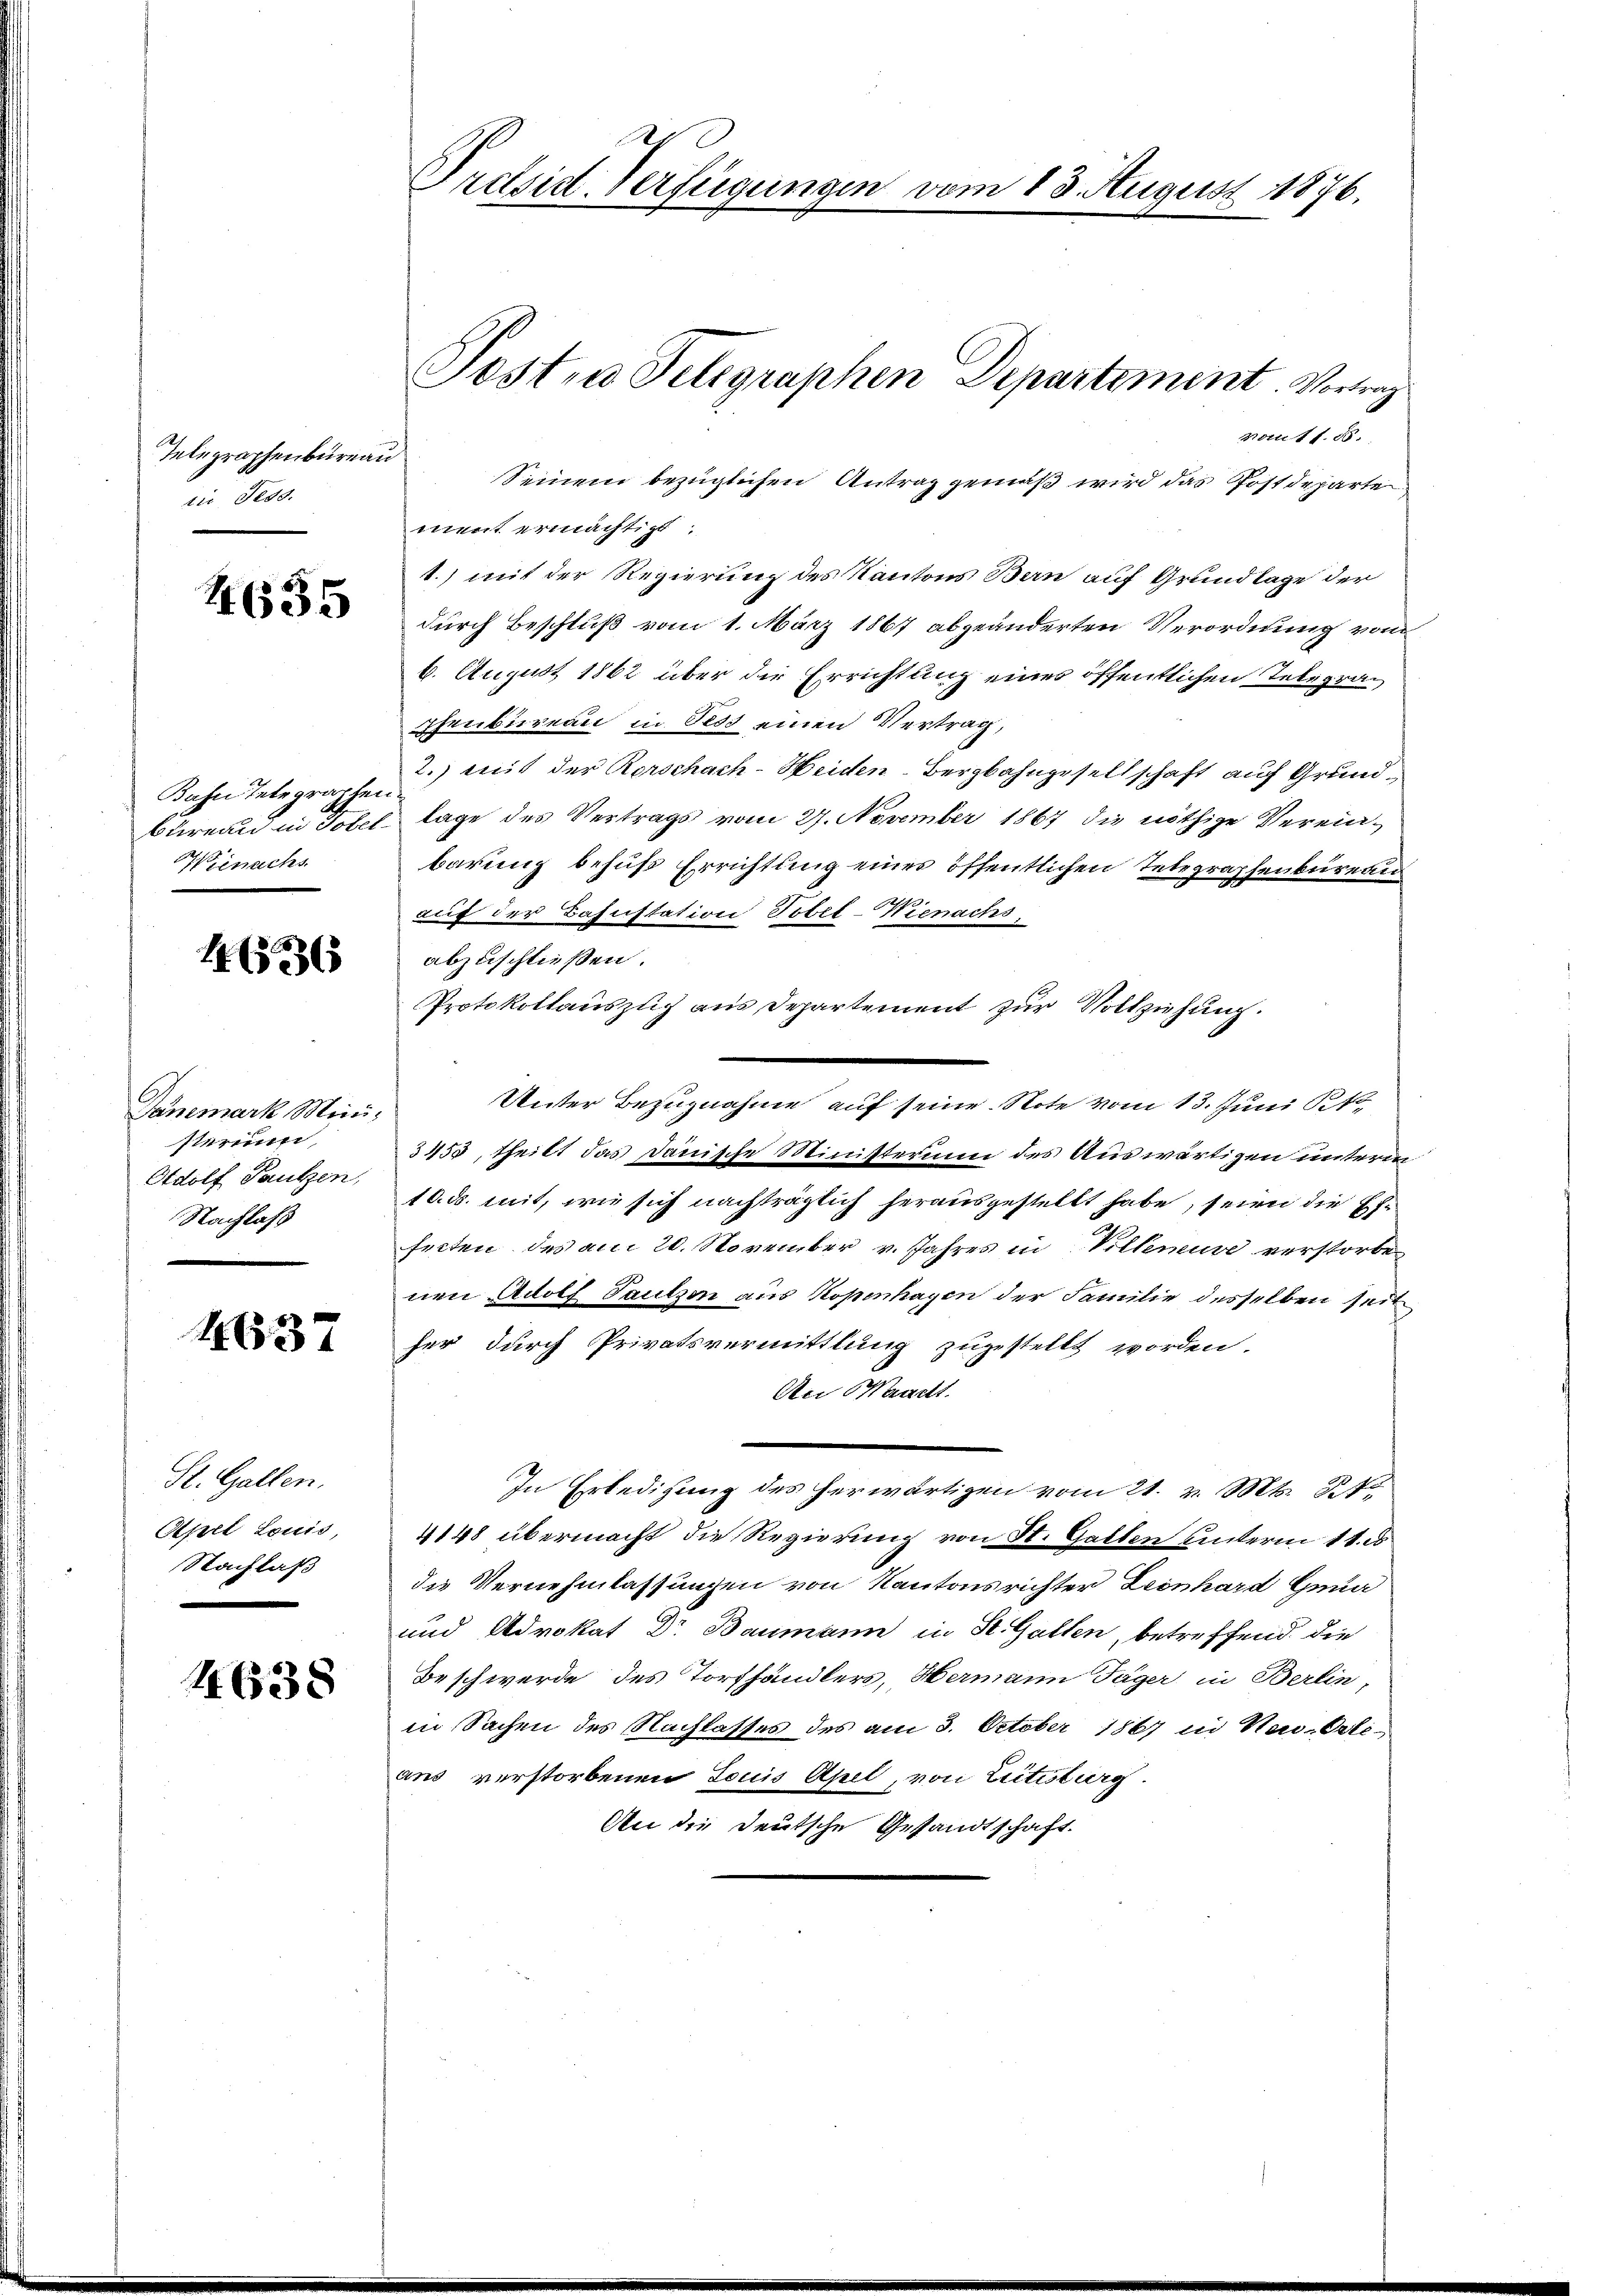
Telegraphenbureau.
sis Tess

4635

Bahn Telegraphen
Wienechs

14 (1336

Danemark Mini-
sterein
Adolf Tautzen,
Nachlaß

4637

St. Gallen.
Apel Louis,
Nachlaß

4638

Prdsid. Verfügungen

vom 13. August 1876.

Posten Telegraphen Departement. Vortrag
namt 1. 50.
Seinem bezüglichen Antrag gemäß wird das Postdeparte
ment ermächtigt:
1.) mit der Regierung des Kantons Bern auf Grundlage der
durch Beschluß vom 1. März 1867 abgeänderten Verordnung von
6. August 1862 über die Errichtung eines öffentlichen Telegraphenbureau in Tess einen Vertrag,
2.) mit der Rorschach-Heiden-Bergbahngesellschaft auf Grundbureau in Totel lage des Vertrags vom 27. November 1867 die nöthige Vereinbarung behuf Errichtung eines öffentlichen Telegraphenbureau
auf der Bahnstation Tobel-Wienachs,
abzuschließen.
Protokollauszug aus Departement zur Vollziehung.
Unter Bezugnahme auf seine Note vom 13. Juni 1
3453, theilt das Danische Ministerum des Auswärtigen unterm
10. ds. mit, wie sich nachträglich herausgestellt habe, seien die Exfecten des am 20. November v. Jahres in Villeneuve verstorbe
nen Adolf Tautzen aus Kopenhagen der Familie desselben seit
her durch Privatsvermittlung zugestellt worden.
An Waadt.
In Erledigung des herwärtigen vom 21. v. Mts. 27
4148 übermacht die Regierung von St. Galten unterm 11. ds
die Vernehmlassungen von Kantonsrichter Leonhard Iuna
und Advokat Dr Baumann in St. Gallen, betreffend die
Beschwerde des Torfhändlers, Hermann Jäger in Berlin,
in Sachen des Nachlasses des am 3. October 1867 in Neu-Orleaus verstorbenen Louis Apel, von Leitestierg
An die deutsche Gesandtschaft.